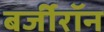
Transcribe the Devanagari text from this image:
बर्जीरॉन